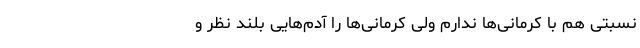
نسبتی هم با کرمانی‌ها ندارم ولی کرمانی‌ها را آدم‌هایی بلند نظر و